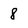
Character: 8